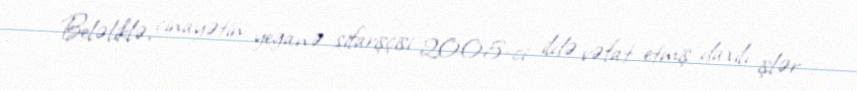
Beləliklə, cinayətin yeganə sifarişçisi 2005-ci ildə vəfat etmiş daxili işlər